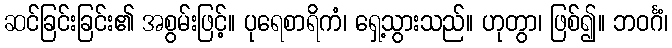
ဆင်ခြင်းခြင်း၏ အစွမ်းဖြင့်။ ပုရေစာရိကံ၊ ရှေ့သွားသည်။ ဟုတွာ၊ ဖြစ်၍။ ဘဝင်္ဂံ၊